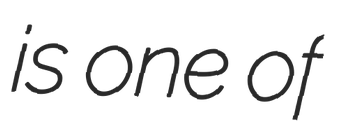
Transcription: is one of